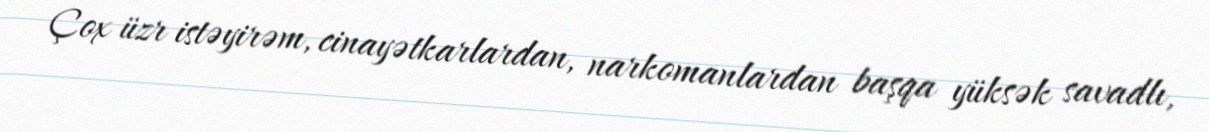
Çox üzr istəyirəm, cinayətkarlardan, narkomanlardan başqa yüksək savadlı,